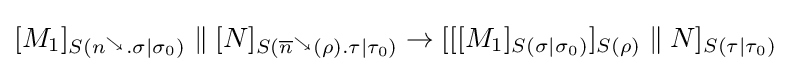
[M_{1}]_{S(n^{\searrow }.\sigma \mid \sigma _{0})}\;\|\;[N]_{S({\overline {n}}^{\searrow }(\rho ).\tau \mid \tau _{0})}\rightarrow [[[M_{1}]_{S(\sigma \mid \sigma _{0})}]_{S(\rho )}\;\|\;N]_{S(\tau \mid \tau _{0})}